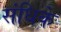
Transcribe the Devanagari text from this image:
संधिके